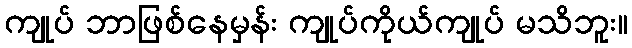
ကျုပ် ဘာဖြစ်နေမှန်း ကျုပ်ကိုယ်ကျုပ် မသိဘူး။